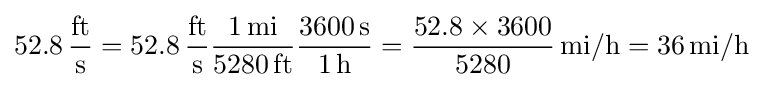
52.8\,{\frac {\mathrm {ft} }{\mathrm {s} }}=52.8\,{\frac {\mathrm {ft} }{\mathrm {s} }}{\frac {1\,\mathrm {mi} }{5280\,\mathrm {ft} }}{\frac {3600\,\mathrm {s} }{1\,\mathrm {h} }}={\frac {52.8\times 3600}{5280}}\,\mathrm {mi/h} =36\,\mathrm {mi/h}